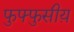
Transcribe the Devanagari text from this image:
फुफ्फुसीय़